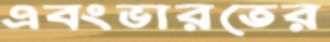
এবংভারতের